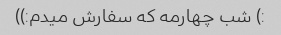
:) شب چهارمه که سفارش میدم:))